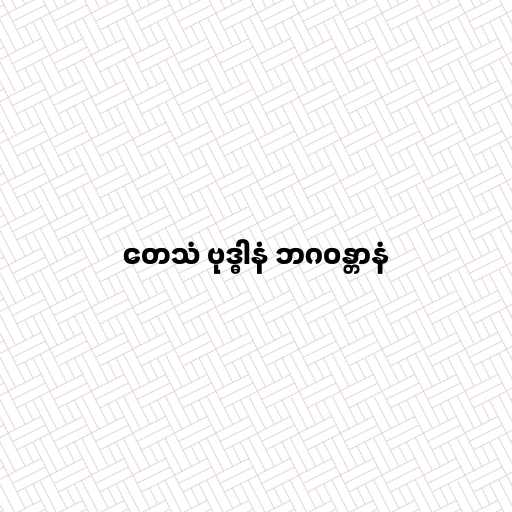
တေသံ ဗုဒ္ဓါနံ ဘဂဝန္တာနံ